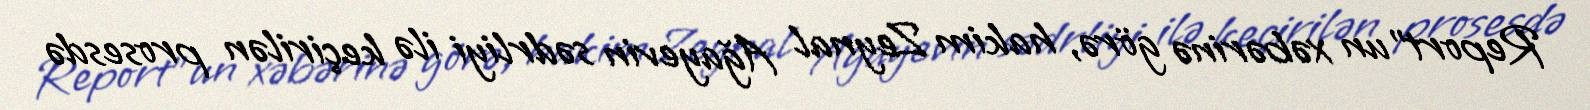
Report"un xəbərinə görə, hakim Zeynal Ağayevin sədrliyi ilə keçirilən prosesdə